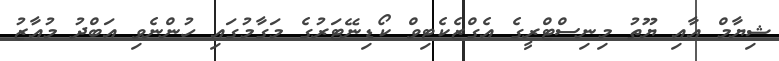
ޝިޔާމް އާއި ޔޫތު މިނިސްޓްރީގެ އެގްޒެކެޓިވް ކޯޑިނޭޓަރުގެ މަގާމުގައި ހުންނެވި އަބްދު މުއާޒު